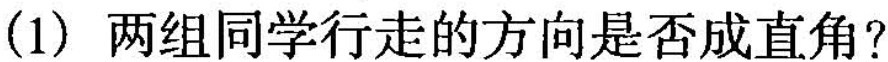
(1)两组同学行走的方向是否成直角?